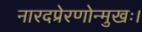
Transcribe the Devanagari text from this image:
नारदप्रेरणोन्मुखः।